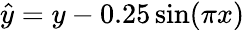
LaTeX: \hat{y}=y-0.25\sin(\pi x)